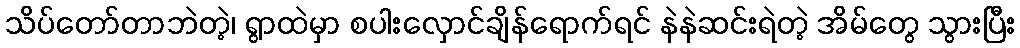
သိပ်တော်တာဘဲတဲ့၊ ရွာထဲမှာ စပါးလှောင်ချိန်ရောက်ရင် နဲနဲဆင်းရဲတဲ့ အိမ်တွေ သွားပြီး